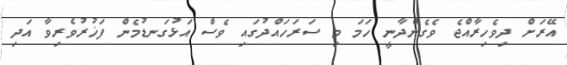
އޭރަށް ދިވެހިރާއްޖެ ވެގެންދާނީ ހަމަ މި ސަރަހައްދުގައި ވެސް އަޅުގަނޑުމެން ފަޚުރުވެރިވާ އަދި